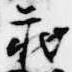
蔵